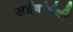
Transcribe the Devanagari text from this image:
सईबांईची